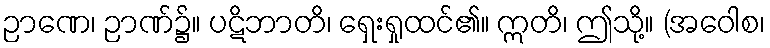
ဉာဏေ၊ ဉာဏ်၌။ ပဋိဘာတိ၊ ရှေးရှုထင်၏။ ဣတိ၊ ဤသို့။ (အဝေါစ၊